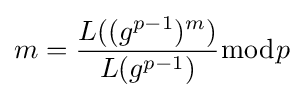
m={\frac {L((g^{p-1})^{m})}{L(g^{p-1})}}{\bmod {p}}